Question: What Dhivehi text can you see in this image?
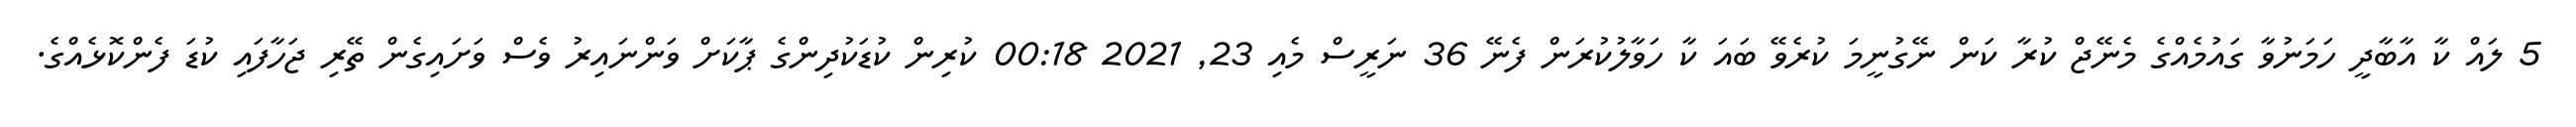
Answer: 5 ލައް ކާ އާބާދީ ހަމަނުވާ ގައުމެއްގެ މެނޭޖް ކުރާ ކަން ނޭގުނީމަ ކުރެވޭ ބައަ ކާ ހަވާލުކުރަން ފެނޭ 36 ނަރީސް މެއި 23, 2021 00:18 ކުރިން ކުޑަކުދިންގެ ޕާކަށް ވަންނައިރު ވެސް ވަށައިގެން ތޭރި ޖަހާފައި ކުޑަ ފެންކޮޅެއްގެ.